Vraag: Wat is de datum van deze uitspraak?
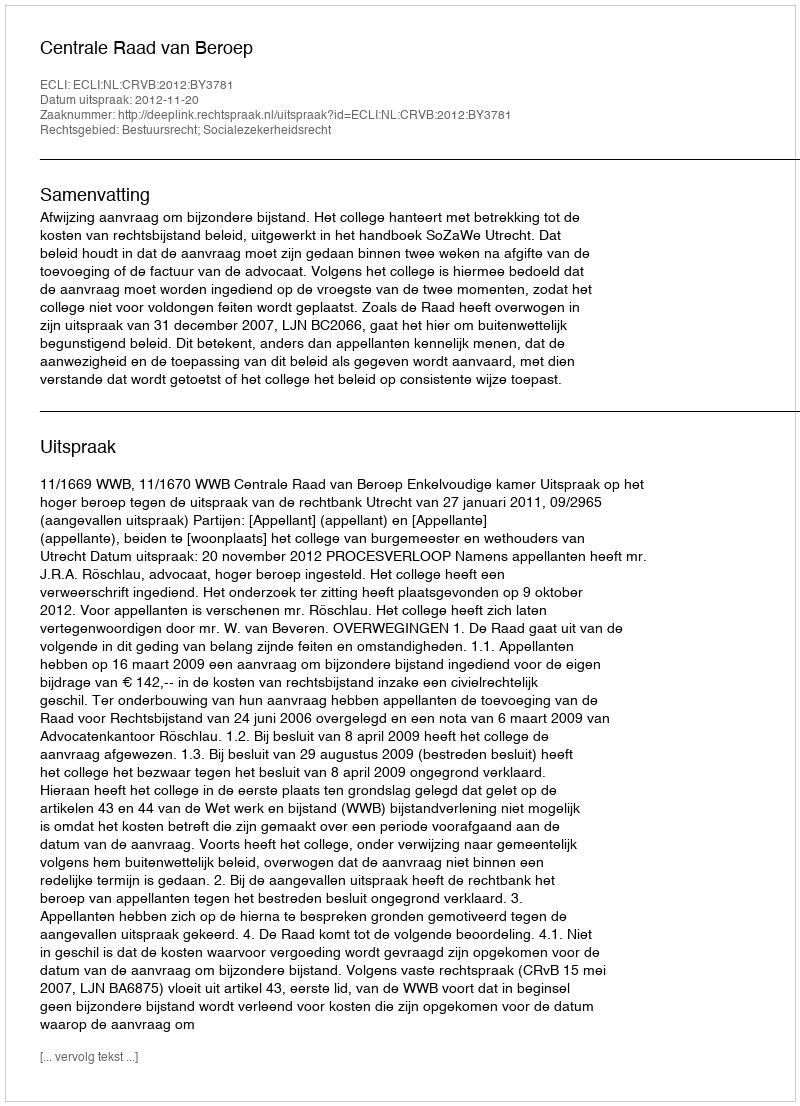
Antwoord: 2012-11-20